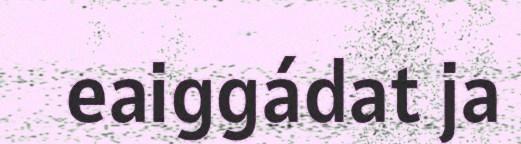
eaiggádat ja